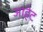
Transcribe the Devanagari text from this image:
आहेट